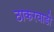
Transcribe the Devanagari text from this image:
ठाकरवाडी